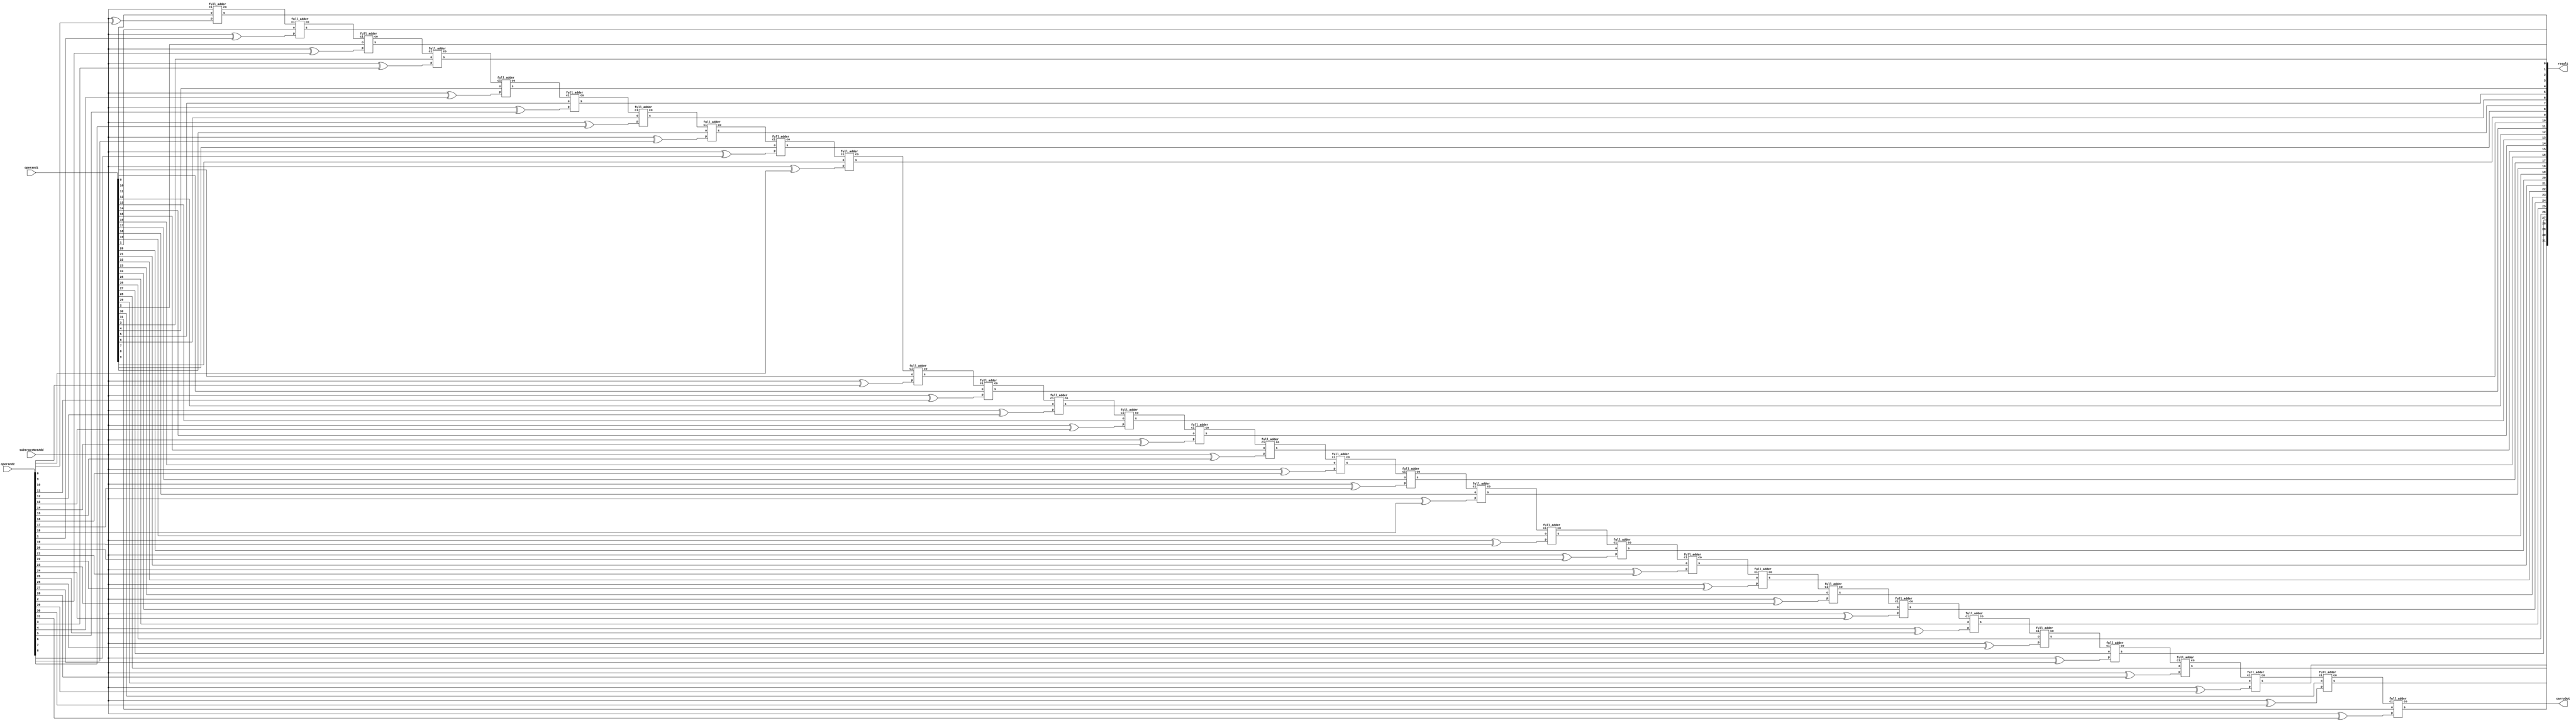
/** Full 32 bit adder subtractor
* @param result is the result of the sum of the opperands
* @param carryOut is the carry from the sum of the opperands if they exceed available digit
* @param operand1 is one oppernad to be added
* @param operand2 is the other opperand to be added
* @param subtractNotAdd is the 
*/
module rc_add_sub_32(result, carryOut, operand1, operand2, subtractNotAdd);
	input [31:0] operand1, operand2;
	input subtractNotAdd;
	output [31:0] result;
	output carryOut;
	
	wire [31:0] xorProduct;
	wire [31:0] wireNext;

	genvar i;
	generate
		for (i=0; i<32; i=i+1) begin : rc_add_sub_32_loop
			xor xor_inst(xorProduct[i], subtractNotAdd, operand2[i]);
			if(i!=0 && i!=31) begin
				full_adder fa(result[i], wireNext[i],
					operand1[i], xorProduct[i], wireNext[i-1]);
			end else if(i==0) begin
				full_adder fa(result[i], wireNext[i],
					operand1[i], xorProduct[i], subtractNotAdd);
			end else if(i==31) begin
				full_adder fa(result[i], carryOut,
					operand1[i], xorProduct[i], wireNext[i-1]);
			end
		end
	endgenerate
endmodule
/** Full 64 bit adder subtractor
* @param r is the result of the sum of the opperands
* @param c is the carry from the sum of the opperands if they exceed available digit
* @param o is one oppernad to be added
* @param p is the other opperand to be added
* @param sNa is the type of operation to be performed
*/
module rc_add_sub_64(r, c, o, p, sNa);
	input [63:0] o, p;
	input sNa;
	output [63:0] r;
	output c;
	
	wire [63:0] xorProduct, wireNext;

	genvar i;
	generate
		for (i=0; i<64; i=i+1) begin : rc_add_sub_64_loop
			xor xor_inst(xorProduct[i], sNa, p[i]);
			if(i!=0 && i!=63) begin
				full_adder fa(r[i], wireNext[i], o[i], xorProduct[i], wireNext[i-1]);
			end else if(i==0) begin
				full_adder fa(r[i], wireNext[i], o[i], xorProduct[i], sNa);
			end else if(i==63) begin
				full_adder fa(r[i], c, o[i], xorProduct[i], wireNext[i-1]);
			end
		end
	endgenerate
endmodule
/** Basic full adder, does single bit addition between two bits and a carry in
* @param s is the result of the sum of the opperands
* @param co is the carry from the sum of the opperands if they exceed available digit
* @param o is one oppernad to be added
* @param p is the other opperand to be added
* @param ci is a carry in bit
*/
module full_adder(s, co, o, p, ci);
	input o, p, ci;
	output s, co;

	wire HA1sum, HA1carry, HA2carry;

	half_adder h1(HA1sum, HA1carry, o, p);
	half_adder h2(s, HA2carry, HA1sum, ci);

	or orI(co, HA1carry, HA2carry);
endmodule
/** Basic half adder, does single bit addition only between two bits
* @param s is the result of the sum of the opperands
* @param c is the carry from the sum of the opperands if they exceed available digit
* @param o is one oppernad to be added
* @param p is the other opperand to be added
*/
module half_adder(s, c, o, p);
	input o, p;
	output s, c;
	xor i(s, o, p);
	and j(c, o, p);
endmodule